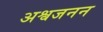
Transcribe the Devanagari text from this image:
अश्वजनन